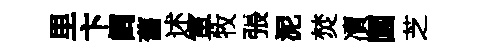
里卞阔舊述軍牧張泥焚凟園芝